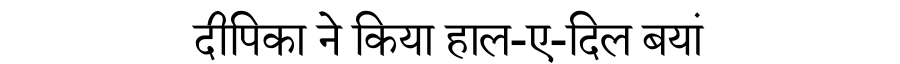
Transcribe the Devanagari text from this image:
दीपिका ने किया हाल-ए-दिल बयां